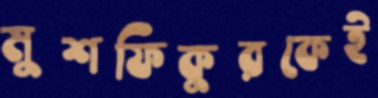
মুশফিকুরকেই